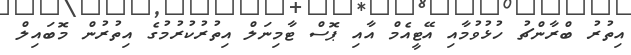
އިތުރު ބްރާންޗު ހުޅުވުމާއި އޭޓީއެމް އާއި ޕޮސް ޓާމިނަލް އިތުރުކުރުމުގެ އިތުރުން މޮބައިލް